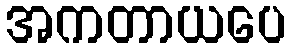
အကတာယပေ